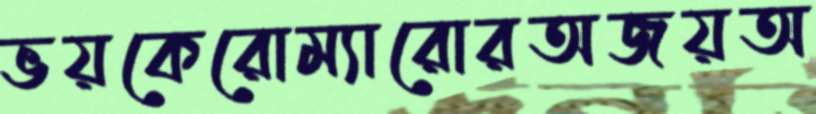
ভয়কেরোম্যারোরঅজয়অ